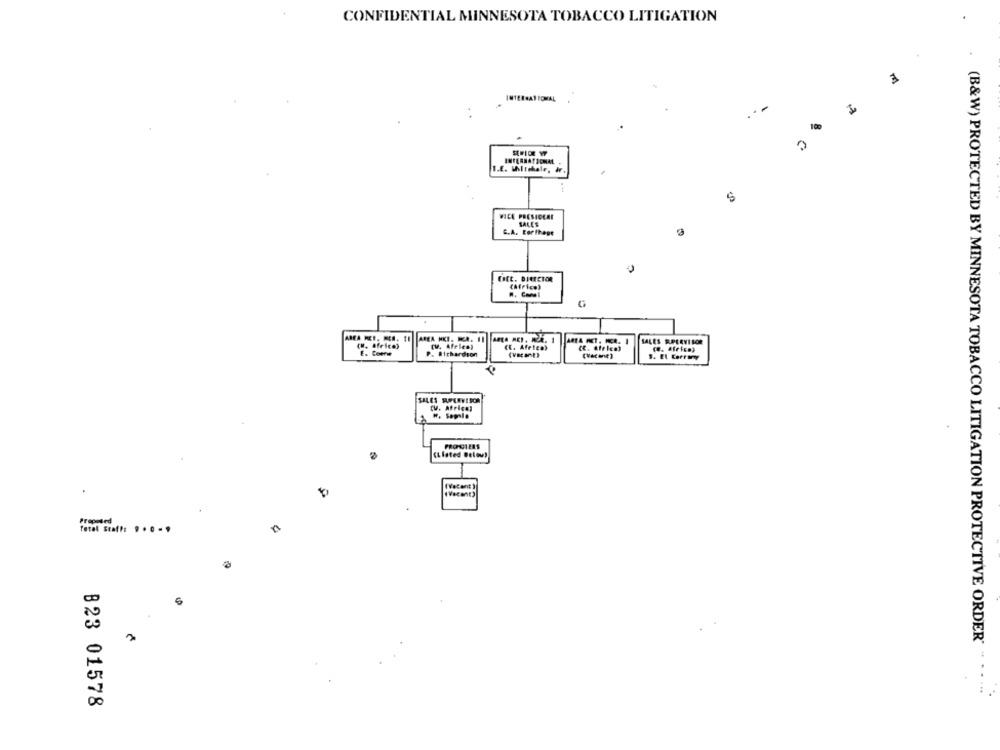
CONFIDENTIAL MINNESOTA TOBACCO LITIGATION
3
INTERNATIONAL
I
..
. .
INTERNATIONAL
I.E. Whitehale, #r.
5
VICE PRESIDEAL
SALES
C.A. For thegt
AREA MKT. MCR. 11
(H. africe)
(E. Africa)
SALES SUPERVISOR
E. Comrie
P. Richardson
C. Afelea)
CV. African
PRODI ELS
(Listed Below)
(Vacant )
(Vacant)
.
Proposed
n
(B&W) PROTECTED BY MINNESOTA TOBACCO LITIGATION PROTECTIVE ORDER " . . ..
B23 01578